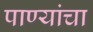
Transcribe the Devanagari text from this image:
पाण्यांचा